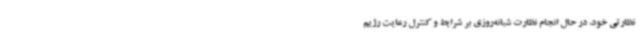
نظارتی خود، در حال انجام نظارت شبانه‌روزی بر شرایط و کنترل رعایت رژیم